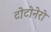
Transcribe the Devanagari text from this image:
टोटोनेरो